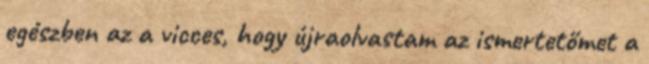
egészben az a vicces, hogy újraolvastam az ismertetőmet a